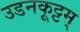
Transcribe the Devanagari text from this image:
उडनकूट्टम्